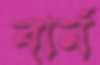
বার্ন